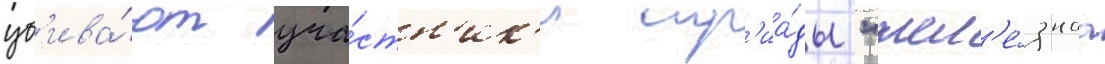
уб'ива́ют уча́стн'ик'и тр'иа́ды "жел'е́знаа